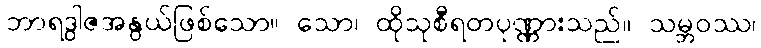
ဘာရဒွါဇအနွယ်ဖြစ်သော။ သော၊ ထိုသုစီရတပုဏ္ဏားသည်။ သမ္ဘဝဿ၊